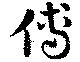
傅